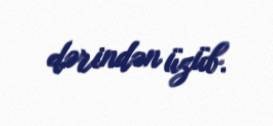
dərindən üzüb.